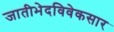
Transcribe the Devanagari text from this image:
जातीभेदविवेकसार